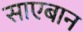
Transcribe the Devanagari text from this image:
साएबान